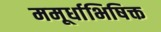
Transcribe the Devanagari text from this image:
ममूर्धाभिषिक्त